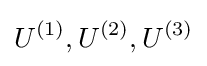
U^{(1)},U^{(2)},U^{(3)}